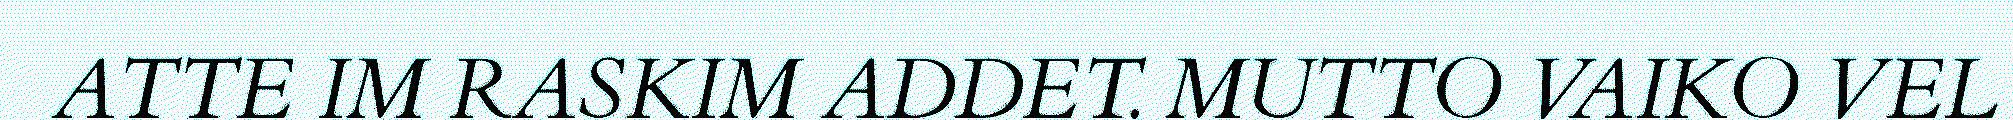
ATTE IM RASKIM ADDET. MUTTO VAIKO VEL